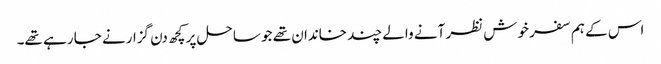
اس کے ہم سفر خوش نظر آنے والے چند خاندان تھے جو ساحل پر کچھ دن گزارنے جا رہے تھے۔